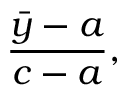
{ \frac { { \bar { y } } - a } { c - a } } ,